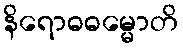
နိရောဓဓမ္မောတိ